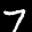
Label: 7